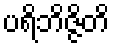
ပရိဘိဇ္ဇိတိ